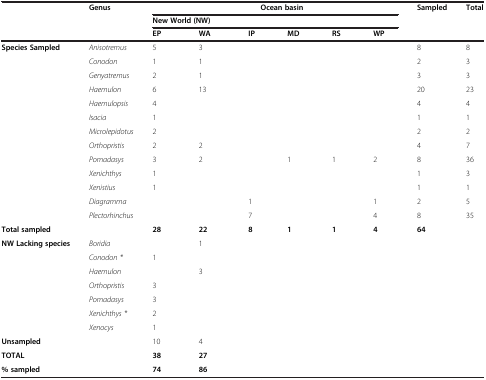
|  | Genus | <COLSPAN=6> Ocean basin | Sampled | Total |
 |  |  | <COLSPAN=6> New World (NW) |  |  |
 |  |  | EP | WA | IP | MD | RS | WP |  |  |
 | --- | --- | --- | --- | --- | --- | --- | --- | --- | --- |
 | Species Sampled | Anisotremus | 5 | 3 |  |  |  |  | 8 | 8 |
 |  | Conodon | 1 | 1 |  |  |  |  | 2 | 3 |
 |  | Genyatremus | 2 | 1 |  |  |  |  | 3 | 3 |
 |  | Haemulon | 6 | 13 |  |  |  |  | 20 | 23 |
 |  | Haemulopsis | 4 |  |  |  |  |  | 4 | 4 |
 |  | Isacia | 1 |  |  |  |  |  | 1 | 1 |
 |  | Microlepidotus | 2 |  |  |  |  |  | 2 | 2 |
 |  | Orthopristis | 2 | 2 |  |  |  |  | 4 | 7 |
 |  | Pomadasys | 3 | 2 |  | 1 | 1 | 2 | 8 | 36 |
 |  | Xenichthys | 1 |  |  |  |  |  | 1 | 3 |
 |  | Xenistius | 1 |  |  |  |  |  | 1 | 1 |
 |  | Diagramma |  |  | 1 |  |  | 1 | 2 | 5 |
 |  | Plectorhinchus |  |  | 7 |  |  | 4 | 8 | 35 |
 | Total sampled |  | 28 | 22 | 8 | 1 | 1 | 4 | 64 |  |
 | NW Lacking species | Boridia |  | 1 |  |  |  |  |  |  |
 |  | Conodon * | 1 |  |  |  |  |  |  |  |
 |  | Haemulon |  | 3 |  |  |  |  |  |  |
 |  | Orthopristis | 3 |  |  |  |  |  |  |  |
 |  | Pomadasys | 3 |  |  |  |  |  |  |  |
 |  | Xenichthys * | 2 |  |  |  |  |  |  |  |
 |  | Xenocys | 1 |  |  |  |  |  |  |  |
 | Unsampled |  | 10 | 4 |  |  |  |  |  |  |
 | TOTAL |  | 38 | 27 |  |  |  |  |  |  |
 | % sampled |  | 74 | 86 |  |  |  |  |  |  |